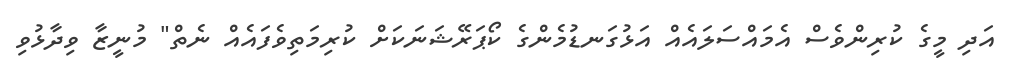
އަދި މީގެ ކުރިންވެސް އެމައްސަލައެއް އަޅުގަނޑުމެންގެ ކޯޕަރޭޝަނަކަށް ކުރިމަތިވެފައެއް ނެތް" މުނީޒާ ވިދާޅުވި